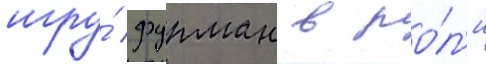
игру́ фурман в ро́л'и